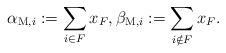
LaTeX: \begin{align*}\alpha_{\mathrm{M},i}:=\sum_{i \in F} x_F, \beta_{\mathrm{M},i}:=\sum_{i \notin F} x_F.\end{align*}